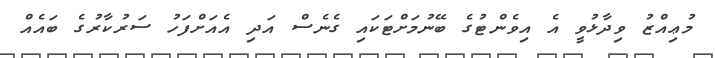
މުޢިއްޒު ވިދާޅުވީ އެ އިވެންޓުގެ ބޭނުމަށްޓަކައި ގެނެސް އަދި އެއަށްފަހު ސަރުކާރުގެ ބައެއް